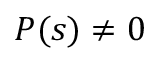
P ( s ) \neq 0